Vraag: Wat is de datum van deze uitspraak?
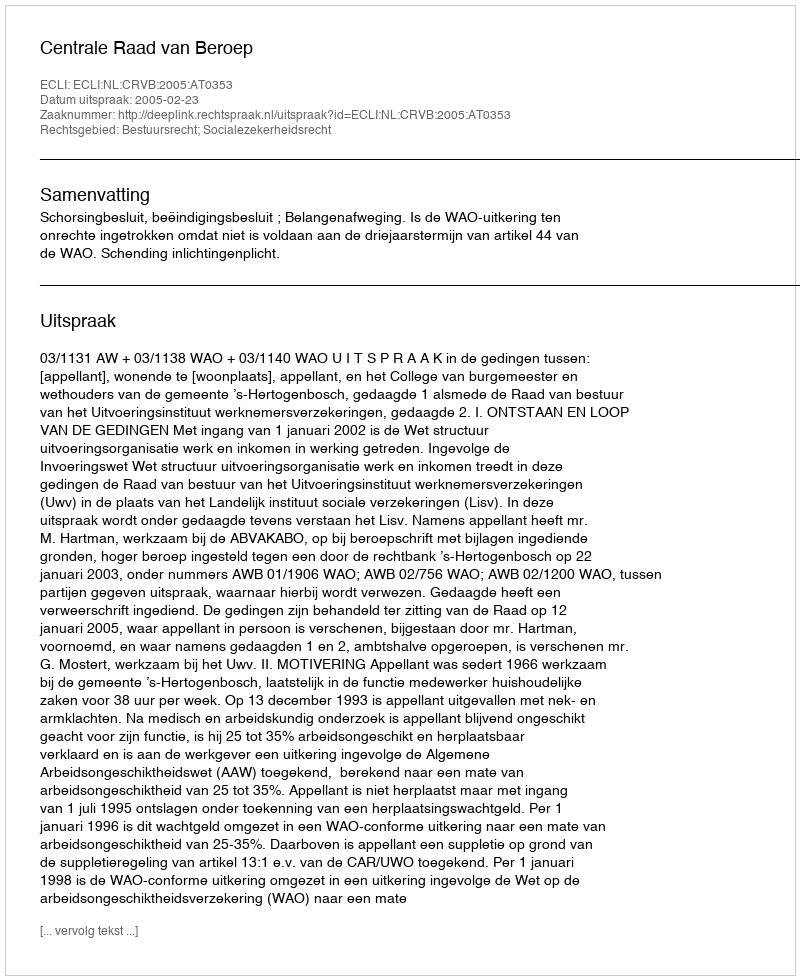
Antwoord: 2005-02-23